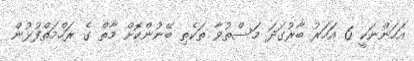
އަހަންނަކީ 6 އަހަރު ބާރުގަދަ މަސްތުވާ ތަކެތި ބޭނުންކޮށް މާތް ގެ ރަހްމަތްފުޅުން